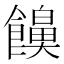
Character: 𮩔